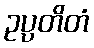
ဥပ္ပတိတံ